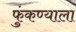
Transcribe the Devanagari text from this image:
फुंकण्याला